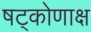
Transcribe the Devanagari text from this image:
षट्कोणाक्ष